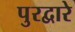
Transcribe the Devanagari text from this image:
पुरद्वारे